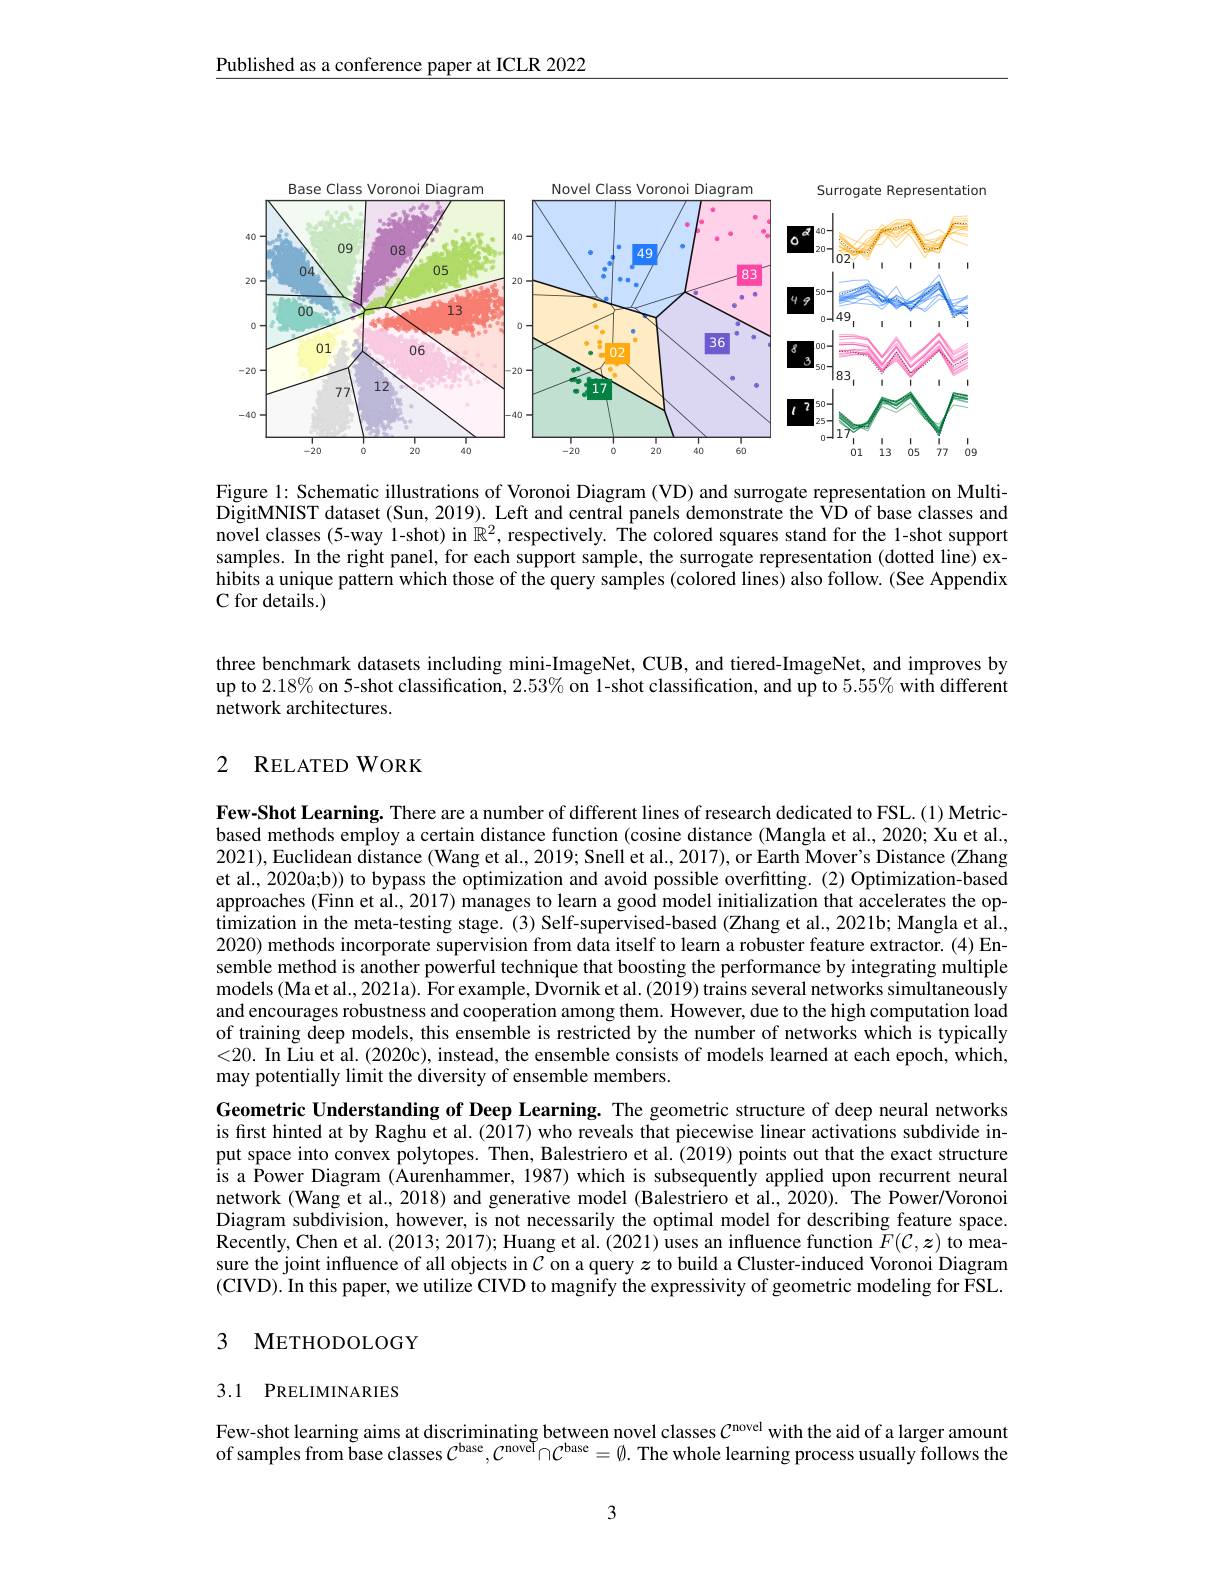
Published as a conference paper at ICLR 2022

<FigureHere>

Figure 1: Schematic illustrations of Voronoi Diagram (VD) and surrogate representation on MultiDigitMNIST dataset (Sun, 2019). Left and central panels demonstrate the VD of base classes and novel classes(5-way 1-shot) in $\mathbb{R}^2$, respectively. The colored squares stand for the 1-shot support samples. In the right panel, for each support sample, the surrogate representation (dotted line) exhibits a unique pattern which those of the query samples (colored lines) also follow. (See Appendix C for details.)

three benchmark datasets including mini-ImageNet, CUB, and tiered-ImageNet, and improves by up to 2.18% on 5-shot classification, $2.53\%$ on 1-shot classification, and up to 5.55% with different network architectures.

## 2 RELATED WORK

Few-Shot Learning. There are a number of different lines of research dedicated to FSL.(1) Metricbased methods employ a certain distance function (cosine distance (Mangla et al., 2020; Xu et al., 2021), Euclidean distance (Wang et al., 2019; Snell et al., 2017), or Earth Mover's Distance (Zhang et al., 2020a;b)) to bypass the optimization and avoid possible overfitting.(2) Optimization-based approaches (Finn et al., 2017) manages to learn a good model initialization that accelerates the optimization in the meta-testing stage.(3) Self-supervised-based (Zhang et al., 2021b; Mangla et al., 2020) methods incorporate supervision from data itself to learn a robuster feature extractor. (4) Ensemble method is another powerful technique that boosting the performance by integrating multiple models (Ma et al., 2021a). $\hat{\text{Forexample,Dvorniketal.(2019)trainsseveralnetworkssimultaneously}}$ and encourages robustness and cooperation among them. However, due to the high computation load of training deep models, this ensemble is restricted by the number of networks which is typically <20. In Liu et al. (2020c), instead, the ensemble consists of models learned at each epoch, which, may potentially limit the diversity of ensemble members.

Geometric Understanding of Deep Learning. The geometric structure of deep neural networks is fırst hinted at by Raghu et al. (2017) who reveals that piecewise linear activations subdivide input space into convex polytopes. Then, Balestriero et al.(2019) points out that the exact structure is a Power Diagram (Aurenhammer, 1987) which is subsequently applied upon recurrent neural network (Wang et al., 2018) and generative model (Balestriero et al., 2020). The Power/Voronoi Diagram subdivision, however, is not necessarily the optimal model for describing feature space. Recently, Chen et al. ( 2013; 2017) ; Huang et al. ( 2021) uses an influence function $\tilde{F} ( \mathcal{C} , \boldsymbol{z})$ to mea- sure the joint influence of all objects in $\mathcal{C}$on a query $z$ to build a Cluster- induced Voronoi Diagram (CIVD). In this paper, we utilize CIVD to magnify the expressivity of geometric modeling for FSL.

## 3 METHODOLOGY

## 3.1 PRELIMINARIES

Few-shot learning aims at discriminating between novel classes $\mathcal{C}^\mathrm{novel}$ with the aid of a larger amount of samples from base classes $C^\text{base},\mathcal{C}^\text{noveॉ}\cap\mathcal{C}^\text{base}=\emptyset.$ The whole learning process usually follows the

3